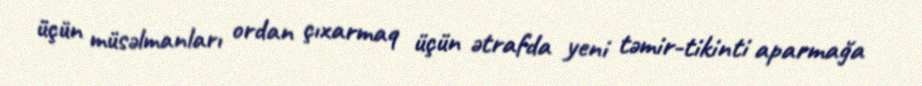
üçün müsəlmanları ordan çıxarmaq üçün ətrafda yeni təmir-tikinti aparmağa